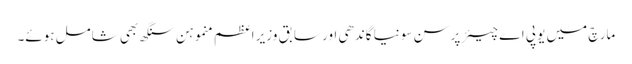
مارچ میں یو پی اے چیئرپرسن سونیا گاندھی اور سابق وزیر اعظم منموہن سنگھ بھی شامل ہوئے۔